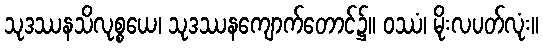
သုဒဿနသိလုစ္စယေ၊ သုဒဿနကျောက်တောင်၌။ ဝဿံ၊ မိုးလပတ်လုံး။